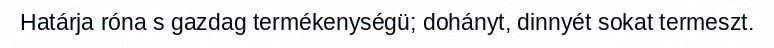
Határja róna s gazdag termékenységü; dohányt, dinnyét sokat termeszt.